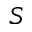
S